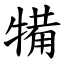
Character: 犕